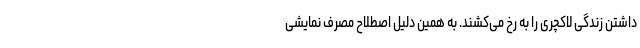
داشتن زندگی لاکچری را به رخ می‌کشند. به همین دلیل اصطلاح مصرف نمایشی